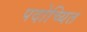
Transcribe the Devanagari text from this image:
पदोच्यित